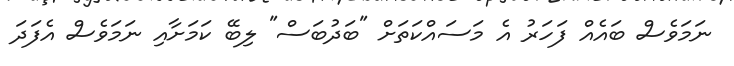
ނަމަވެސް ބައެއް ފަހަރު އެ މަސައްކަތަށް "ބަދުބަސް" ލިބޭ ކަމަށާއި ނަމަވެސް އެފަދަ